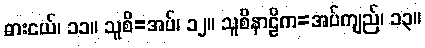
ဓားငယ်၊ ၁၁။ သူစိ=အပ်၊ ၁၂။ သူစိနာဠိက=အပ်ကျည်၊ ၁၃။